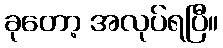
ခုတော့ အလုပ်ရပြီ။